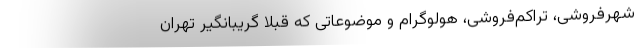
شهرفروشی، تراکم‌فروشی، هولوگرام و موضوعاتی که قبلا گریبانگیر تهران